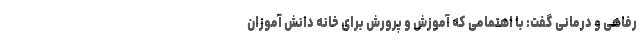
رفاهی و درمانی گفت:‌ با اهتمامی که آموزش و پرورش برای خانه دانش آموزان